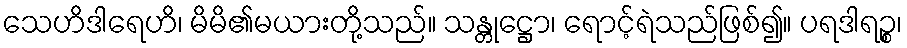
သေဟိဒါရေဟိ၊ မိမိ၏မယားတို့သည်။ သန္တုဋ္ဌော၊ ရောင့်ရဲသည်ဖြစ်၍။ ပရဒါရဉ္စ၊